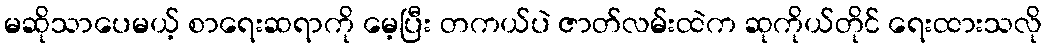
မဆိုသာပေမယ့် စာရေးဆရာကို မေ့ပြီး တကယ်ပဲ ဇာတ်လမ်းထဲက ဆုကိုယ်တိုင် ရေးထားသလို